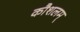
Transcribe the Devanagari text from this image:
कौशलम्‌